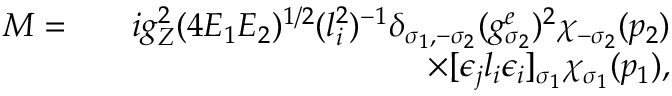
\begin{array} { r l r } { { \cal M } = } & { } & { i g _ { Z } ^ { 2 } ( 4 E _ { 1 } E _ { 2 } ) ^ { 1 / 2 } ( l _ { i } ^ { 2 } ) ^ { - 1 } \delta _ { \sigma _ { 1 } , - \sigma _ { 2 } } ( g _ { \sigma _ { 2 } } ^ { e } ) ^ { 2 } \chi _ { - \sigma _ { 2 } } ( p _ { 2 } ) } \\ & { } & { \times [ \epsilon _ { j } l _ { i } \epsilon _ { i } ] _ { \sigma _ { 1 } } \chi _ { \sigma _ { 1 } } ( p _ { 1 } ) , } \end{array}